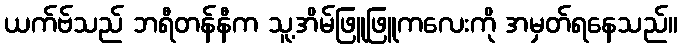
ယက်ဗ်သည် ဘရီတန်နီက သူ့အိမ်ဖြူဖြူကလေးကို အမှတ်ရနေသည်။